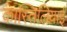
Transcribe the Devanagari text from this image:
कास्तिलियाई